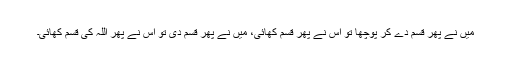
میں نے پھر قسم دے کر پوچھا تو اس نے پھر قسم کھائی، میں نے پھر قسم دی تو اس نے پھر اللہ کی قسم کھائی۔